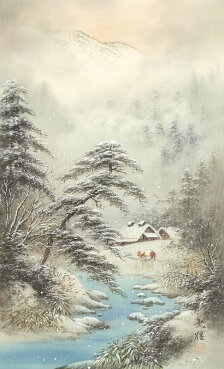
地冷叶先尽，谷寒云不行。